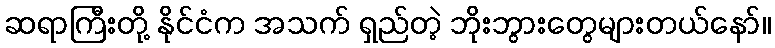
ဆရာကြီးတို့ နိုင်ငံက အသက် ရှည်တဲ့ ဘိုးဘွားတွေများတယ်နော်။